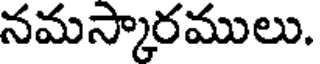
నమస్కారములు.